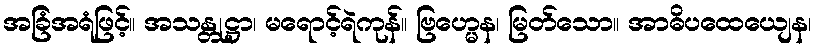
အခြံအရံဖြင့်။ အသန္တုဋ္ဌာ၊ မရောင့်ရဲကုန်။ ဗြဟ္မေန၊ မြတ်သော။ အာဓိပထေယျေန၊